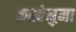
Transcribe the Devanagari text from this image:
कस्बेनुमा